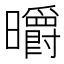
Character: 㬭